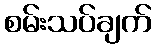
စမ်းသပ်ချက်